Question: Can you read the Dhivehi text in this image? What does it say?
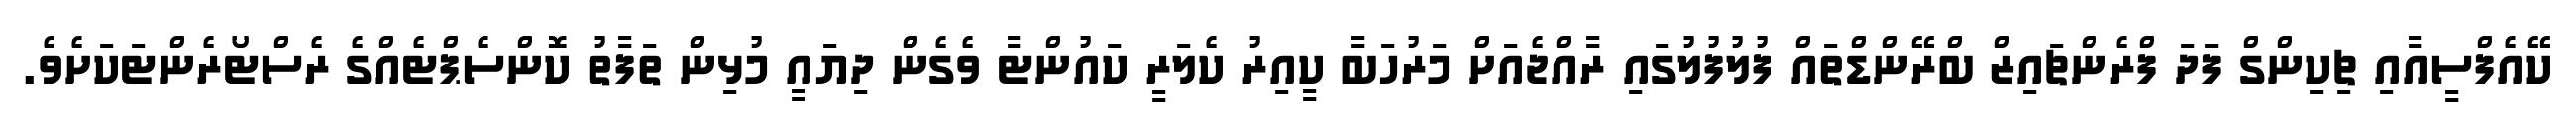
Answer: ކޭއެފްސީއާއި ޗިކިންގް ފަދަ ފްރެންޗައިޒް ބްރޭންޑްތައް ފުލުފުލުގައި ރާއްޖެއަށް މަރުހަބާ ކީއިރު ކެލަރީ ކައުންޓާ ވެގެން ދިޔައީ މުޅިން ތަފާތު ކޮންސެޕްޓެއްގެ ރެސްޓޯރެންޓަކަށެވެ.